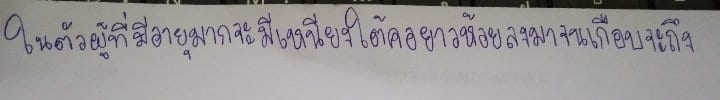
ในตัวผู้ที่มีอายุมากจะมีเหนียงใต้คอยาวห้อยลงมาจนเกือบจะถึง